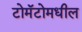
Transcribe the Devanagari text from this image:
टोमॅटोमधील